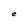
Character: e